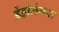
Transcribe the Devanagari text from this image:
डेंड्रोलेगस